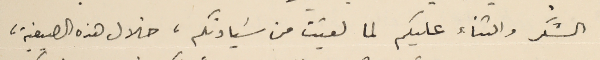
الشكر والثناء عليكم لما لقيت من سَيادتكم، خلال هذه الصيفية،